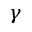
\gamma